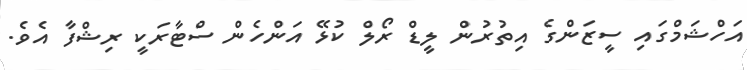
އަހްޝަމްގައި ސީޒަންގެ އިތުރުން ލީޑް ރޯލް ކުޅޭ އަންހެން ސްޓާރަކީ ރިޝްފާ އެވެ.